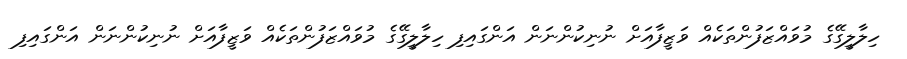
ހިލާލީގޭގެ މުވައްޒަފުންތަކެއް ވަޒީފާއަށް ނުނިކުންނަން އަންގައިފި ހިލާލީގޭގެ މުވައްޒަފުންތަކެއް ވަޒީފާއަށް ނުނިކުންނަން އަންގައިފި